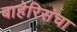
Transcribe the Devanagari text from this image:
बाहेरिसंचा